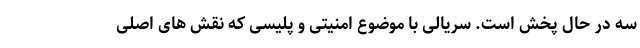
سه در حال پخش است. سریالی با موضوع امنیتی و پلیسی که نقش های اصلی